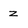
Character: z